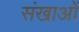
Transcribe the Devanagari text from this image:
संखाओं